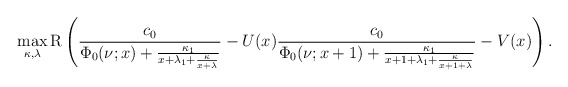
\begin{align*}\max_{\kappa,\lambda}\mathrm{R}\left(\frac{c_0}{\Phi_0(\nu;x)+\frac{\kappa_1}{x+\lambda_1+\frac{\kappa}{x+\lambda}}}-U(x)\frac{c_0}{\Phi_0(\nu;x+1)+\frac{\kappa_1}{x+1+\lambda_1+\frac{\kappa}{x+1+\lambda}}}-V(x)\right).\end{align*}